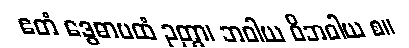
ဧတံ ဒွေဓာပထံ ဉတွာ၊ ဘဝါယ ဝိဘဝါယ စ။